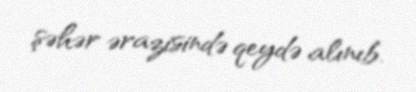
şəhər ərazisində qeydə alınıb.